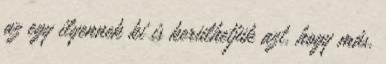
az egy ilyennek ki is kerülhetjük azt, hogy más,